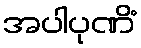
အပါပုဏိံ